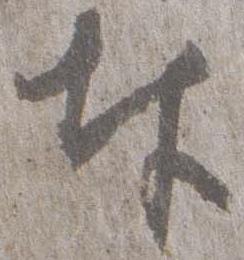
奉